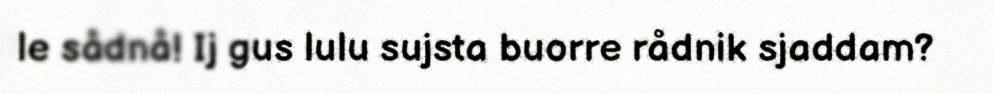
le sådnå! Ij gus lulu sujsta buorre rådnik sjaddam?